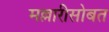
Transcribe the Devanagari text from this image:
मल्लारीसोबत